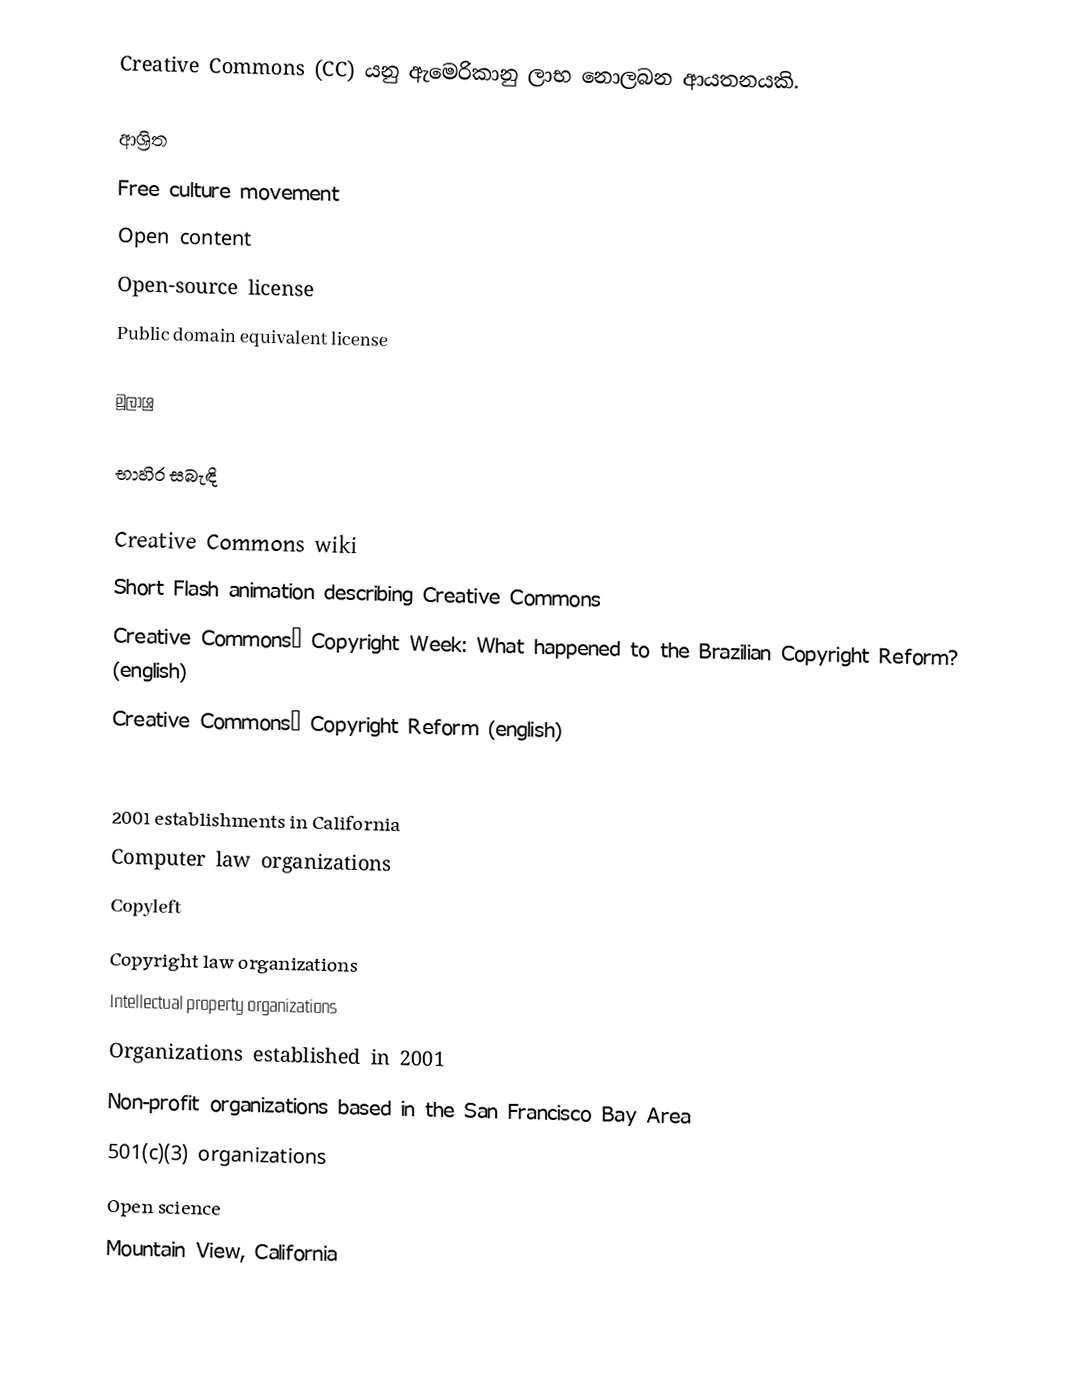
Creative Commons (CC)  යනු ඇමෙරිකානු ලාභ නොලබන ආයතනයකි.

ආශ්‍රිත
 Free culture movement
 Open content
 Open-source license
 Public domain equivalent license

මූලාශ්‍ර

භාහිර සබැඳි

Creative Commons wiki
Short Flash animation describing Creative Commons
Creative Commonsː Copyright Week: What happened to the Brazilian Copyright Reform? (english)
Creative Commonsː Copyright Reform (english)

2001 establishments in California
Computer law organizations
Copyleft
Copyright law organizations
Intellectual property organizations
Organizations established in 2001
Non-profit organizations based in the San Francisco Bay Area
501(c)(3) organizations
Open science
Mountain View, California